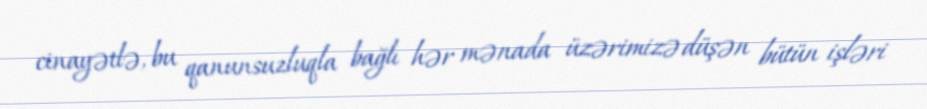
cinayətlə, bu qanunsuzluqla bağlı hər mənada üzərimizə düşən bütün işləri